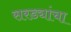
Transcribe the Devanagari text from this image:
सरड्यांचा